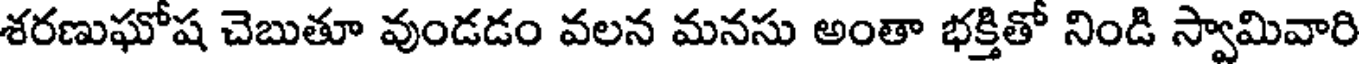
శరణుఘోష చెబుతూ వుండడం వలన మనసు అంతా భక్తితో నిండి స్వామివారి